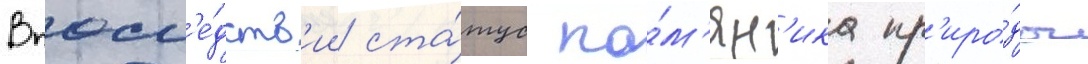
Впосл'е́дств'ии ста́тус па́м'ятн'ика пр'иро́ды